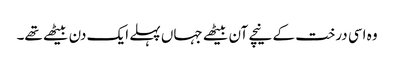
وہ اسی درخت کے نیچے آن بیٹھے جہاں پہلے ایک دن بیٹھے تھے۔